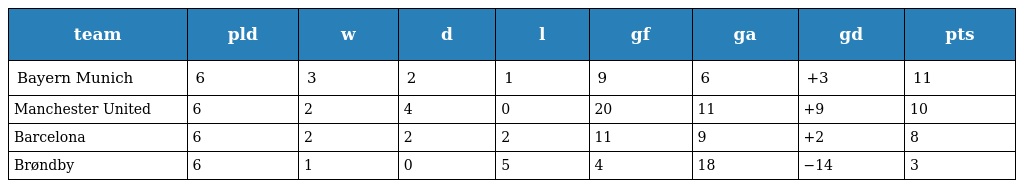
| team | pld | w | d | l | gf | ga | gd | pts |
 | --- | --- | --- | --- | --- | --- | --- | --- | --- |
 | Bayern Munich | 6 | 3 | 2 | 1 | 9 | 6 | +3 | 11 |
 | Manchester United | 6 | 2 | 4 | 0 | 20 | 11 | +9 | 10 |
 | Barcelona | 6 | 2 | 2 | 2 | 11 | 9 | +2 | 8 |
 | Brøndby | 6 | 1 | 0 | 5 | 4 | 18 | −14 | 3 |